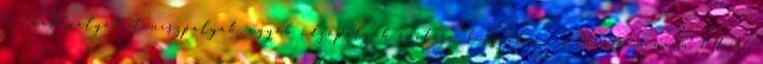
Fotballpályák, teniszpályák, egyéb edzőpályák építése, felújítása, világszínvonalú FIFA ;